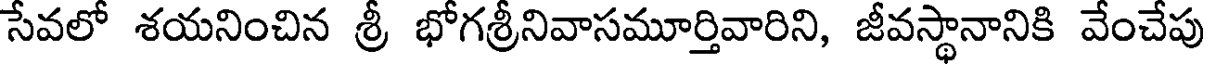
సేవలో శయనించిన శ్రీ భోగశ్రీనివాసమూర్తివారిని, జీవస్థానానికి వేంచేపు